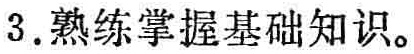
3.熟练掌握基础知识。